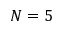
N = 5